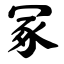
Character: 冢